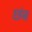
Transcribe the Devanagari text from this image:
छंब